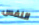
النفس